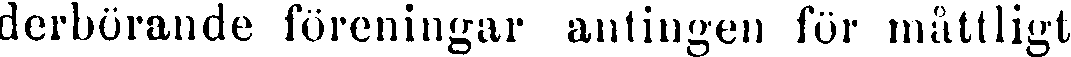
derbörande föreningar antingen för måttligt